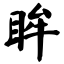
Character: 眸